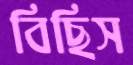
বিছিস